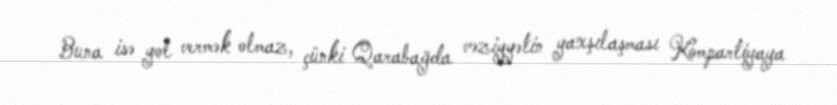
Buna isə yol vermək olmaz, çünki Qarabağda vəziyyətin yaxşılaşması Kompartiyaya